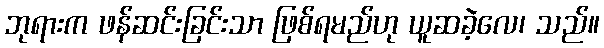
ဘုရားက ဖန်ဆင်းခြင်းသာ ဖြစ်ရမည်ဟု ယူဆခဲ့လေ၊ သည်။